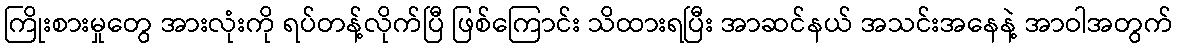
ကြိုးစားမှုတွေ အားလုံးကို ရပ်တန့်လိုက်ပြီ ဖြစ်ကြောင်း သိထားရပြီး အာဆင်နယ် အသင်းအနေနဲ့ အာဝါအတွက်